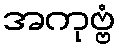
အကုဗ္ဗံ